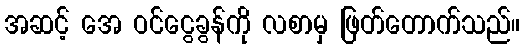
အဆင့် အေ ဝင်ငွေခွန်ကို လစာမှ ဖြတ်တောက်သည်။